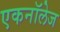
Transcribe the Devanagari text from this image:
एकनॉलेज